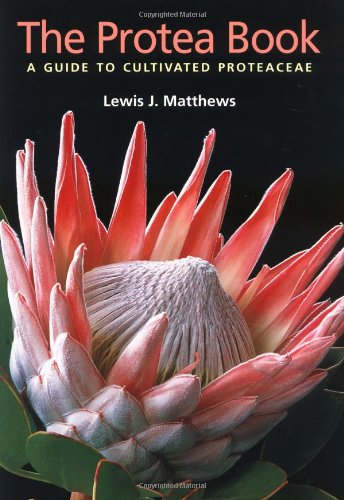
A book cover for Protea Book: A Guide to Cultivated Proteaceae; Lewis Matthews; Crafts, Hobbies & Home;